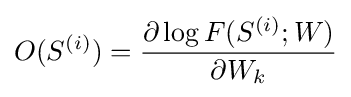
O(S^{(i)})={\frac {\partial \log F(S^{(i)};W)}{\partial W_{k}}}